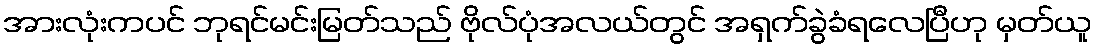
အားလုံးကပင် ဘုရင်မင်းမြတ်သည် ဗိုလ်ပုံအလယ်တွင် အရှက်ခွဲခံရလေပြီဟု မှတ်ယူ